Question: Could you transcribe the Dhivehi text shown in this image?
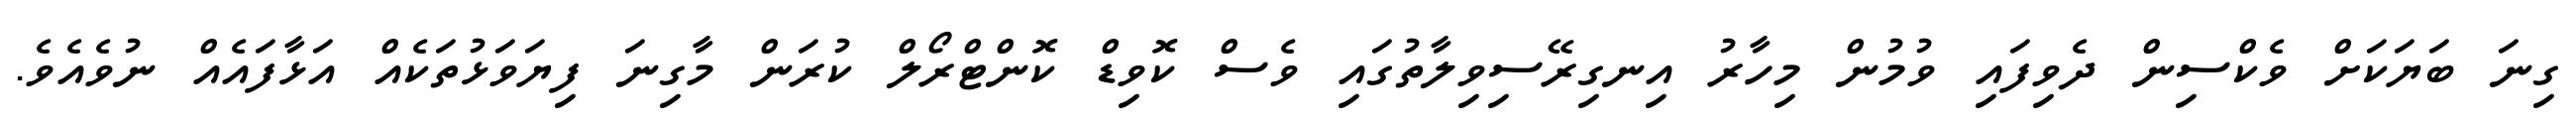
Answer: ގިނަ ބަޔަކަށް ވެކްސިން ދެވިފައި ވުމުން މިހާރު އިނގިރޭސިވިލާތުގައި ވެސް ކޮވިޑް ކޮންޓްރޯލް ކުރަން މާގިނަ ފިޔަވަޅުތަކެއް އަޅާފައެއް ނުވެއެވެ.